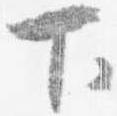
下